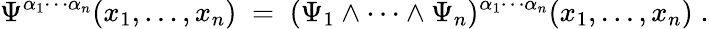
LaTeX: \Psi^{\alpha_{1}\cdots\alpha_{n}}(x_{1},\ldots,x_{n})\; =\; (\Psi_{1}\wedge\cdots\wedge\Psi_{n})^{\alpha_{1}\cdots\alpha_{n}}(x_{1},\ldots,x_{n})\; .